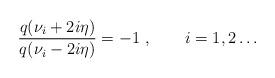
LaTeX: \begin{align*}\frac{q(\nu_i+2i\eta)}{q(\nu_i-2i\eta)}=-1~,\qquad i=1,2\dots\end{align*}